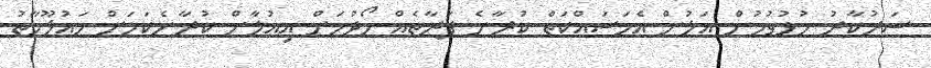
ސަރުކާރު ހުޅުވުމުން އަލުން އެމަސައްކަތް ކުރާނެ ފަރާތެއް ހޯދުމަށް އިއުލާން ކުރާނެކަމަށް މައުލޫމާތު